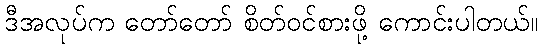
ဒီအလုပ်က တော်တော် စိတ်ဝင်စားဖို့ ကောင်းပါတယ်။